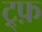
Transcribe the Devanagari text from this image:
ट्र्फ़